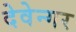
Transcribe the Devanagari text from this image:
देवेन्गर